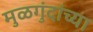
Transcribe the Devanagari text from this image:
मुळगुंदांच्या